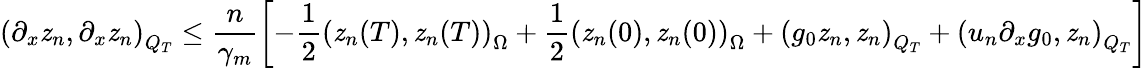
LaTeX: \left(\partial_{x}\mathit{z}_{n},\partial_{x}\mathit{z}_{n}\right)_{Q_{T}}\leq\frac{{n}}{{\gamma_{m}}}\left[-\frac{{1}}{{2}}\left(\mathit{z}_{n}(T),\mathit{z}_{n}(T)\right)_{\Omega}+\frac{{1}}{{2}}\left(\mathit{z}_{n}(0),\mathit{z}_{n}(0)\right)_{\Omega}+\left(g_{0}\mathit{z}_{n},\mathit{z}_{n}\right)_{Q_{T}}+\left(u_{n}\partial_{x}g_{0},\mathit{z}_{n}\right)_{Q_{T}}\right]